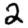
Digit: 2